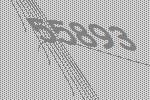
55893